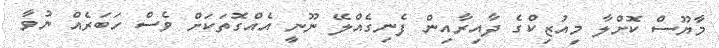
މާޔޫސް ކޮށްލާ މިއުޒިކްގެ ދާއިރާއިން ފެނިގެއްލޭ ނޫނީ އެއްގޮތަކަށް ވެސް ހަބަރެއް ނުވާ